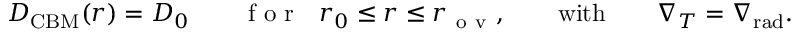
D _ { \mathrm { C B M } } ( r ) = D _ { 0 } \qquad \mathrm { ~ f ~ o ~ r ~ } \ \ r _ { 0 } \leq r \leq r _ { \mathrm { ~ o ~ v ~ } } , \qquad \mathrm { w i t h } \qquad \nabla _ { T } = \nabla _ { \mathrm { r a d } } .